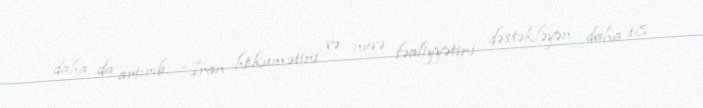
daha da artırıb: “İran hökumətini və nüvə fəaliyyətini dəstəkləyən daha 18